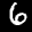
Label: 6